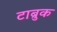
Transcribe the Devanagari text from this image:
टाब्रुक